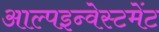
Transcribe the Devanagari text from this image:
आल्पइन्वेस्टमेंट